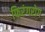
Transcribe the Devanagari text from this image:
फिरंगरोग